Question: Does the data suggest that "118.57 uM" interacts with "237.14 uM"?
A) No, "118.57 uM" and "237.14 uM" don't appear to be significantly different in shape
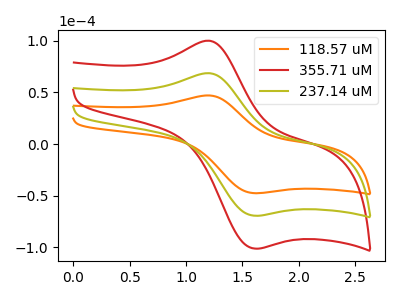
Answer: <think>The orange curve "118.57 uM" has an anodic peak at (1.20V, 47.10uA) and a cathodic peak at (1.60V, -47.60uA). The red curve "355.71 uM" has an anodic peak at (1.20V, 137.35uA) and a cathodic peak at (1.60V, -138.85uA). The olive curve "237.14 uM" has an anodic peak at (1.20V, 68.70uA) and a cathodic peak at (1.60V, -69.45uA).
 All the peaks in "118.57 uM" have a peak in "237.14 uM" at the same potential. Every peak in "118.57 uM" is lower than every peak in "237.14 uM".</think>
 <answer>A) No, "118.57 uM" and "237.14 uM" don't appear to be significantly different in shape</answer>
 <eval>A</eval>